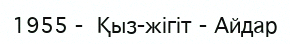
1955 -  Қыз-жігіт - Айдар